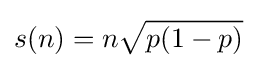
s(n)=n{\sqrt {p(1-p)}}